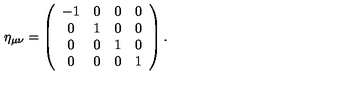
\eta _ { \mu \nu } = \left( \begin{array} { c c c c } { - 1 } & { 0 } & { 0 } & { 0 } \\ { 0 } & { 1 } & { 0 } & { 0 } \\ { 0 } & { 0 } & { 1 } & { 0 } \\ { 0 } & { 0 } & { 0 } & { 1 } \\ \end{array} \right) .